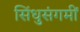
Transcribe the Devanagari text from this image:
सिंधुसंगमीं